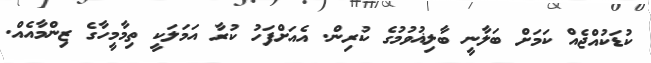
ކުޑަކުއްޖެއް ކަމަށް ބަލާނީ ބާލިޣުވުމުގެ ކުރިން. އެއަށްފަހު ކުރާ އަމަލަކީ ތިމާމީހާގެ ޒިންމާއެއް.